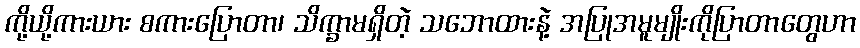
ကို့ယို့ကားယား စကားပြောတာ၊ သိက္ခာမရှိတဲ့ သဘောထားနဲ့ အပြုအမူမျိုးကိုပြာတာတွေဟာ